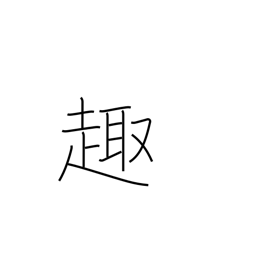
Meaning: gist